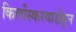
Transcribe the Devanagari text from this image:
किर्लोस्करवाडीहून